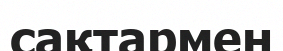
сақтармен